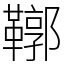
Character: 鞹